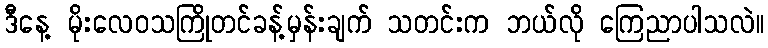
ဒီနေ့ မိုးလေဝသကြိုတင်ခန့်မှန်းချက် သတင်းက ဘယ်လို ကြေညာပါသလဲ။